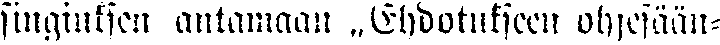
singiuksen antamaan „Ehdotukseen ohjesään-